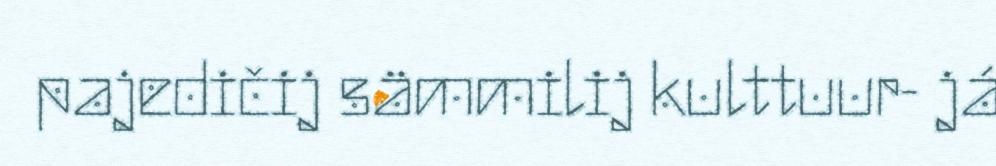
pajedičij sämmilij kulttuur- já